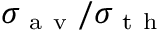
\sigma _ { \mathrm { ~ a ~ v ~ } } / \sigma _ { \mathrm { ~ t ~ h ~ } }